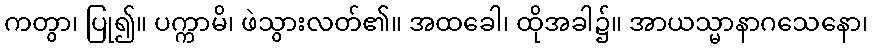
ကတွာ၊ ပြု၍။ ပက္ကာမိ၊ ဖဲသွားလတ်၏။ အထခေါ၊ ထိုအခါ၌။ အာယသ္မာနာဂသေနော၊